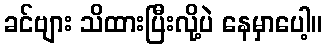
ခင်ဗျား သိထားပြီးလို့ပဲ နေမှာပေါ့။